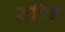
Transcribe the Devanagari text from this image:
रुपिन